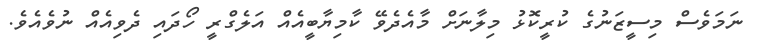
ނަމަވެސް މިސީޒަނުގެ ކުރީކޮޅު މިލާނަށް މާއެދެވޭ ކާމިޔާބީއެއް އަލެގްރީ ހޯދައި ދެވިއެއް ނުވެއެވެ.